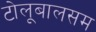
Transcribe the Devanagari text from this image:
टोलूबालसम